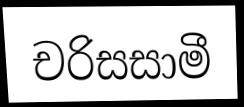
චරිසසාමී